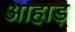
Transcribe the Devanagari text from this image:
आहाड़